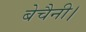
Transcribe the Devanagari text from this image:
बेचैनी।